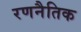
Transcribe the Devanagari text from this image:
रणनैतिक